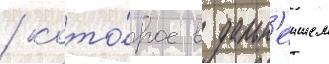
/ кото́рое в дальн'еишем